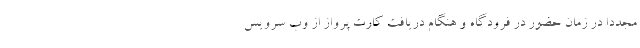
مجدداً در زمان حضور در فرودگاه و هنگام دریافت کارت پرواز از وب سرویس